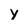
Character: y